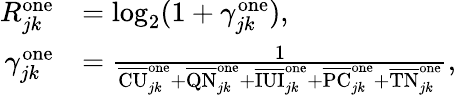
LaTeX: \begin{array}{rl}{R_{jk}^{\mathrm{one}}}&{=\log_{2}(1+\gamma_{jk}^{\mathrm{one}}),}\\ {\gamma_{jk}^{\mathrm{one}}}&{=\frac{1}{\overline{{\mathrm{CU}}}_{jk}^{\mathrm{one}}+\overline{{\mathrm{QN}}}_{jk}^{\mathrm{one}}+\overline{{\mathrm{IUI}}}_{jk}^{\mathrm{one}}+\overline{{\mathrm{PC}}}_{jk}^{\mathrm{one}}+\overline{{\mathrm{TN}}}_{jk}^{\mathrm{one}}},}\end{array}